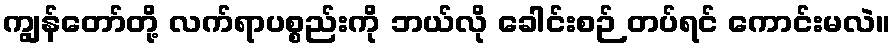
ကျွန်တော်တို့ လက်ရာပစ္စည်းကို ဘယ်လို ခေါင်းစဉ် တပ်ရင် ကောင်းမလဲ။